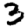
Digit: 3